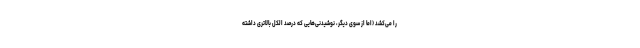
را می‌کشد (اما از سوی دیگر، نوشیدنی‌هایی که درصد الکل بالاتری داشته